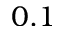
0 . 1